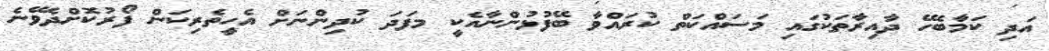
އަދި ކަމާބެހޭ ދާއިރާތަކުގައި މަސައްކަތް ކުރައްވާ ބޭފުޅުންނާއެކީ މފަދަ ކުދިންނަށް އެހީތެރިކަން ފޯރުކޮށްދެވޭނެ